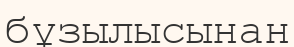
бұзылысынан